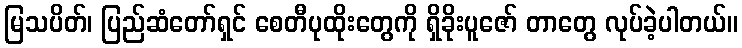
မြသပိတ်၊ ပြည်ဆံတော်ရှင် စေတီပုထိုးတွေကို ရှိခိုးပူဇော် တာတွေ လုပ်ခဲ့ပါတယ်။